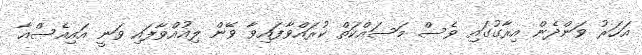
އަހަރު ވަންދެން އިރާގުގައި ވެސް މަސައްކަތް ކުރައްވާފައިވާ ވޭން ލިއުއްވާފައި ވަނީ އައިއެސްއާ